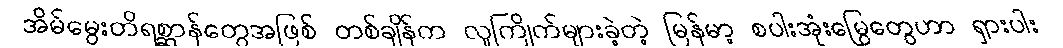
အိမ်မွေးတိရစ္ဆာန်တွေအဖြစ် တစ်ချိန်က လူကြိုက်များခဲ့တဲ့ မြန်မာ့ စပါးအုံးမြွေတွေဟာ ရှားပါး